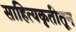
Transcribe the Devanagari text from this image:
साहित्यकृतीतून